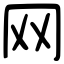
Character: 网